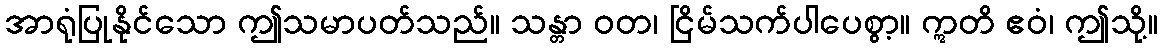
အာရုံပြုနိုင်သော ဤသမာပတ်သည်။ သန္တာ ဝတ၊ ငြိမ်သက်ပါပေစွာ့။ ဣတိ ဧဝံ၊ ဤသို့။